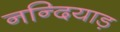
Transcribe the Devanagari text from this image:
नन्दियाड़